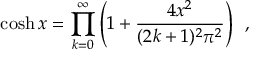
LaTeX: \cosh x = \prod _ { k = 0 } ^ { \infty } \left( 1 + \frac { 4 x ^ { 2 } } { ( 2 k + 1 ) ^ { 2 } \pi ^ { 2 } } \right) \, \, \, ,